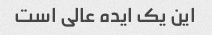
این یک ایده عالی است